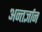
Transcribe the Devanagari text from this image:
अन्तर्ज्ञान